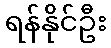
ရန်နိုင်ဦး